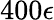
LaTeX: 400\epsilon